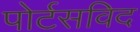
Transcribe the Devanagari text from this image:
पोर्टसविद